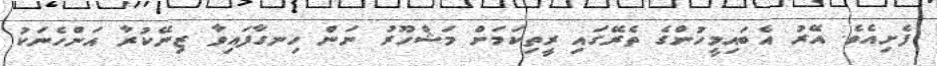
ފެށިއެވެ. އޭރު އެބައިމީހުންގެ ތެރޭގައި ރީތިކަމަށް މަޝްހޫރު ނަން ހިނގާފައިވާ ޒިނޭކުރާ އަންހެނަކު